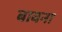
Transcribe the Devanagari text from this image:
बावना